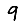
Digit: 9